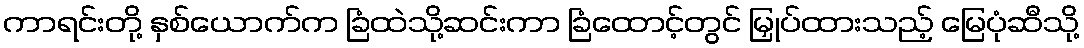
ကာရင်းတို့ နှစ်ယောက်က ခြံထဲသို့ဆင်းကာ ခြံထောင့်တွင် မြှုပ်ထားသည့် မြေပုံဆီသို့